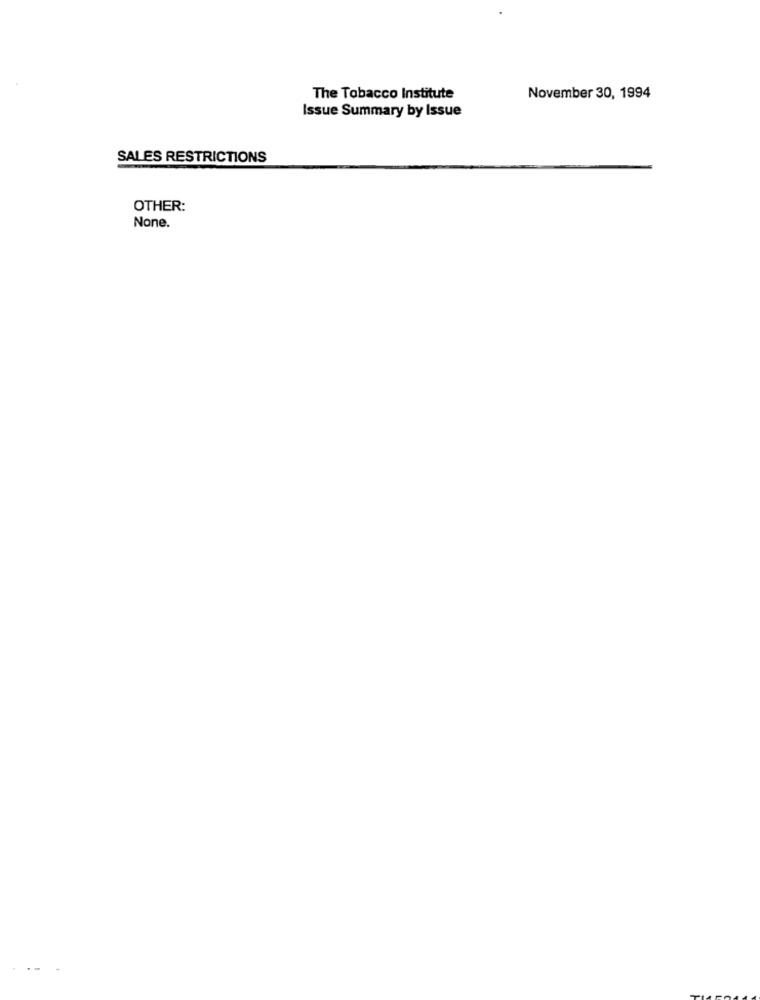
The Tobacco Institute
November 30, 1994
Issue Summary by Issue
SALES RESTRICTIONS
OTHER:
None.